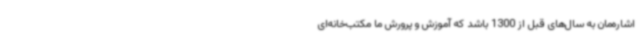
اشاره‌مان به سال‌های قبل از 1300 باشد که آموزش و پرورش ما مکتب‌خانه‌ای